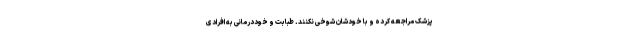
پزشک مراجعه کرده و با خودشان شوخی نکنند. طبابت و خوددرمانی به افرادی